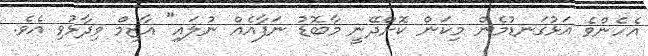
އެހެންވެ އަޅުގަނޑުމެން މިކަން ކޮށްދޭނީ މާބޮޑު ނަފާއެއް ނުލައި" އާޒިމް ވިދާޅުވި އެވެ.